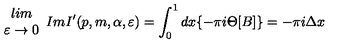
\begin{array} { c } { l i m } \\ { \varepsilon \rightarrow 0 } \\ \end{array} I m I ^ { \prime } ( p , m , \alpha , \varepsilon ) = \int _ { 0 } ^ { 1 } d x \{ - \pi i \Theta [ B ] \} = - \pi i \Delta x